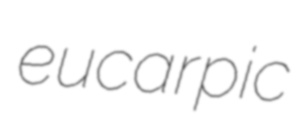
eucarpic